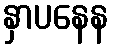
နှာပနေန